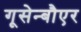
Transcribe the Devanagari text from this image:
गूसेन्बौएर